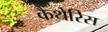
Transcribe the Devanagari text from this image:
कैंथेरिस